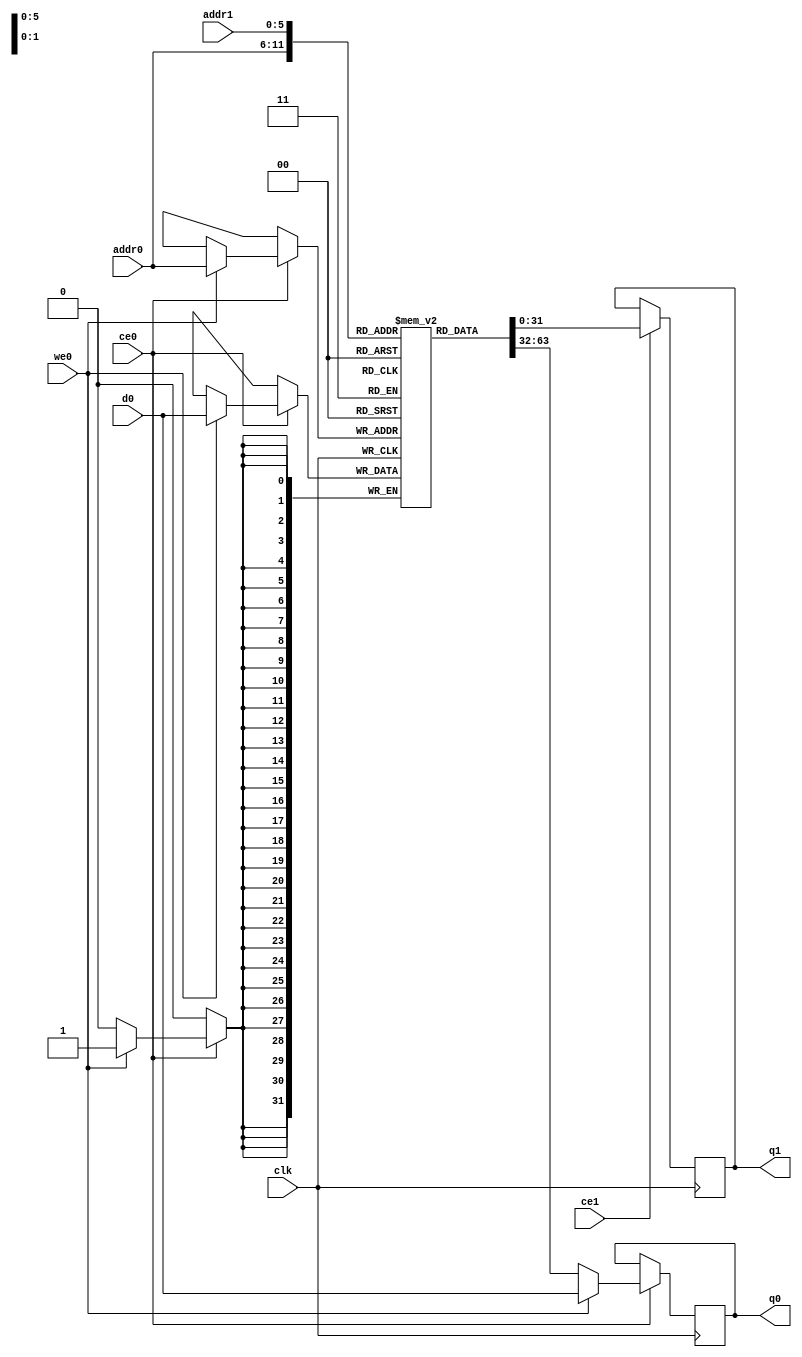
// ==============================================================
// File generated by Vivado(TM) HLS - High-Level Synthesis from C, C++ and SystemC
// Version: 2015.4
// Copyright (C) 2015 Xilinx Inc. All rights reserved.
// 
// ==============================================================

`timescale 1 ns / 1 ps
module HLS_accel_a_0_ram (addr0, ce0, d0, we0, q0, addr1, ce1, q1,  clk);

parameter DWIDTH = 32;
parameter AWIDTH = 6;
parameter MEM_SIZE = 64;

input[AWIDTH-1:0] addr0;
input ce0;
input[DWIDTH-1:0] d0;
input we0;
output reg[DWIDTH-1:0] q0;
input[AWIDTH-1:0] addr1;
input ce1;
output reg[DWIDTH-1:0] q1;
input clk;

(* ram_style = "block" *)reg [DWIDTH-1:0] ram[MEM_SIZE-1:0];




always @(posedge clk)  
begin 
    if (ce0) 
    begin
        if (we0) 
        begin 
            ram[addr0] <= d0; 
            q0 <= d0;
        end 
        else 
            q0 <= ram[addr0];
    end
end


always @(posedge clk)  
begin 
    if (ce1) 
    begin
            q1 <= ram[addr1];
    end
end


endmodule


`timescale 1 ns / 1 ps
module HLS_accel_a_0(
    reset,
    clk,
    address0,
    ce0,
    we0,
    d0,
    q0,
    address1,
    ce1,
    q1);

parameter DataWidth = 32'd32;
parameter AddressRange = 32'd64;
parameter AddressWidth = 32'd6;
input reset;
input clk;
input[AddressWidth - 1:0] address0;
input ce0;
input we0;
input[DataWidth - 1:0] d0;
output[DataWidth - 1:0] q0;
input[AddressWidth - 1:0] address1;
input ce1;
output[DataWidth - 1:0] q1;



HLS_accel_a_0_ram HLS_accel_a_0_ram_U(
    .clk( clk ),
    .addr0( address0 ),
    .ce0( ce0 ),
    .d0( d0 ),
    .we0( we0 ),
    .q0( q0 ),
    .addr1( address1 ),
    .ce1( ce1 ),
    .q1( q1 ));

endmodule